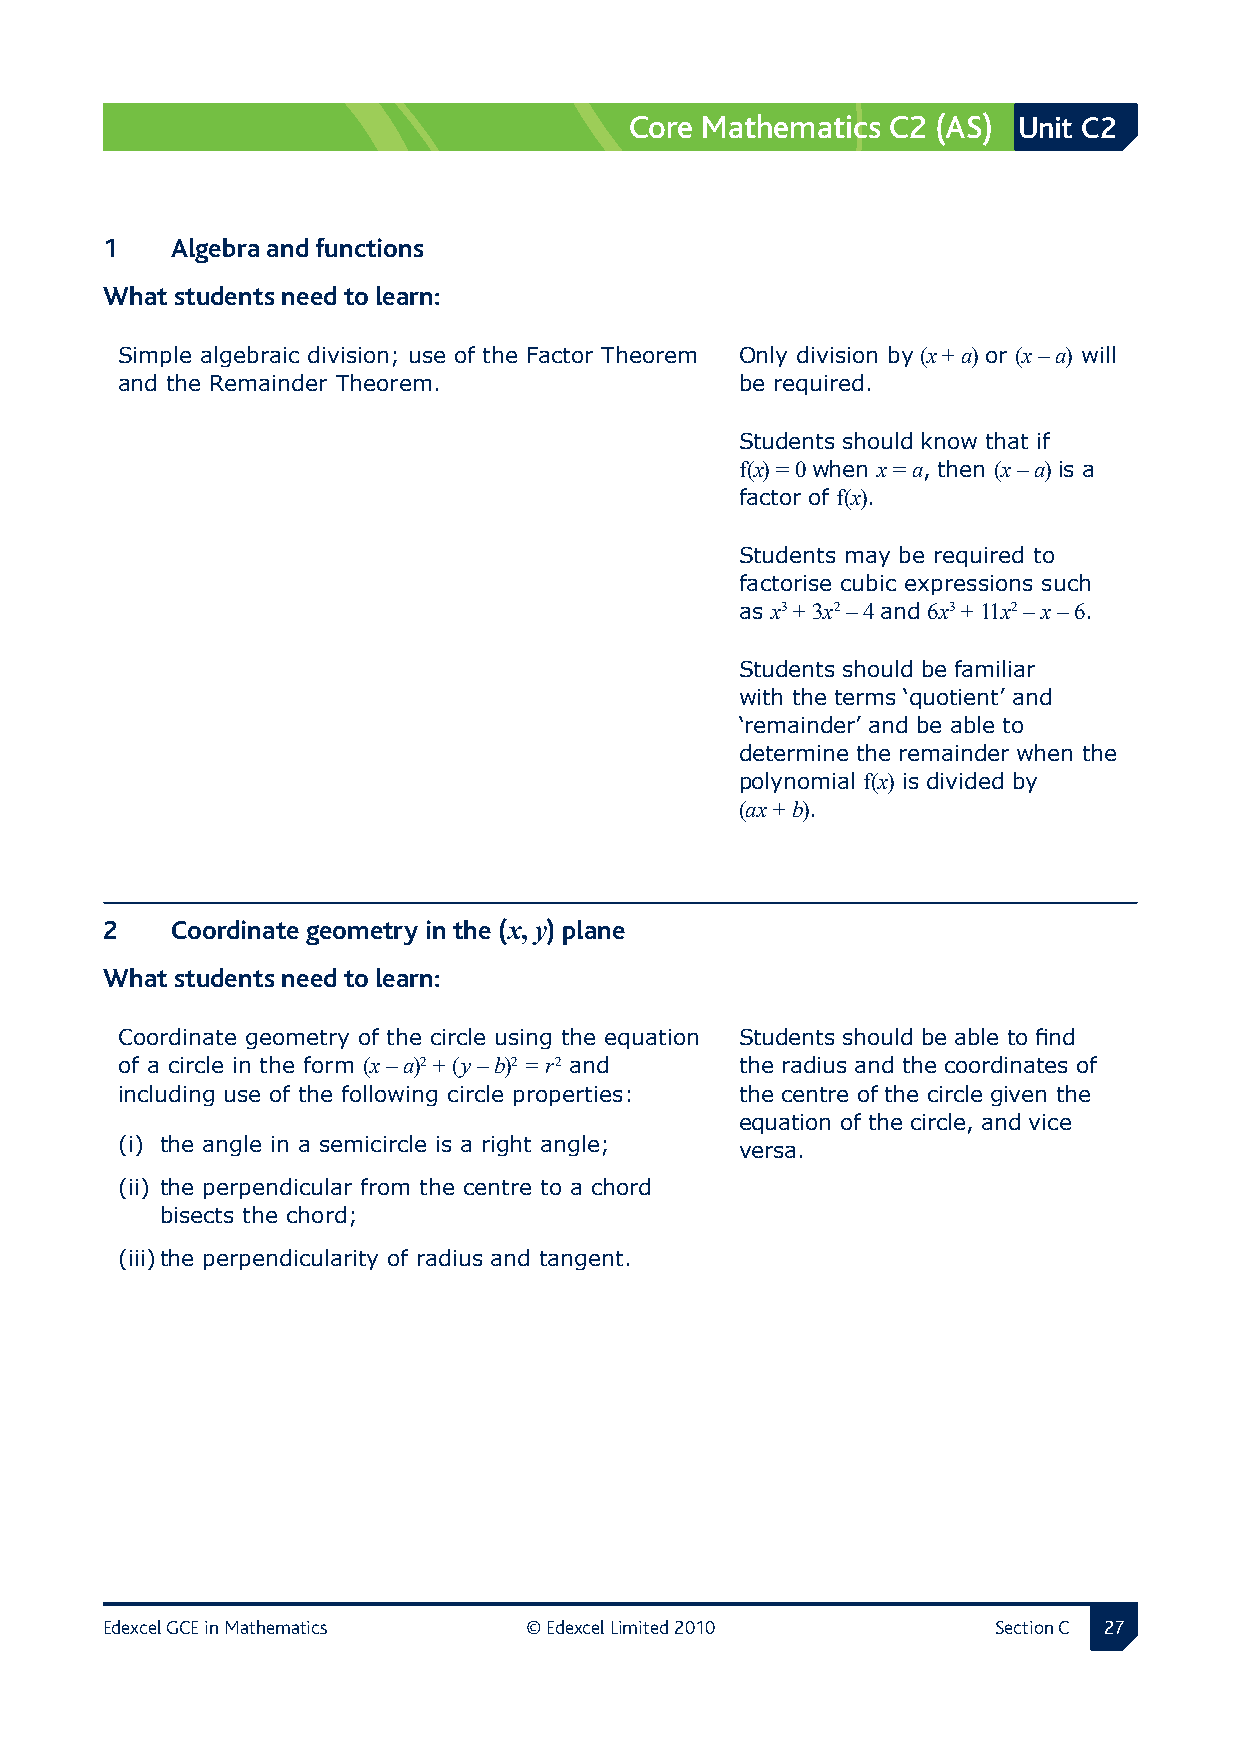
Core Mathematics C2 (AS) Unit C2
 1  Algebra and functions
 What students need to learn:
 Simple algebraic division; use of the Factor Theorem Only division by (x + a) or (x – a) will
 and the Remainder Theorem.               be required.
 Students should know that if
 f(x) = 0 when x = a, then (x – a) is a
 factor of f(x).
 Students may be required to
 factorise cubic expressions such
 as x3 + 3x2 – 4 and 6x3 + 11x2 – x – 6.
 Students should be familiar
 with the terms ‘quotient’ and
 ‘remainder’ and be able to
 determine the remainder when the
 polynomial f(x) is divided by
 (ax + b).
 2  Coordinate geometry in the (x, y) plane
 What students need to learn:
 Coordinate geometry of the circle using the equation Students should be able to find
 of a circle in the form (x – a)2 + (y – b)2 = r2 and the radius and the coordinates of
 including use of the following circle properties: the centre of the circle given the
 equation of the circle, and vice
 (i) the angle in a semicircle is a right angle; versa.
 (ii) the perpendicular from the centre to a chord
 bisects the chord;
 (iii) the perpendicularity of radius and tangent.
 Edexcel GCE in Mathematics  © Edexcel Limited 2010         Section C 2